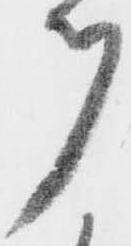
ツ